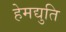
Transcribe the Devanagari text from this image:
हेमद्युति